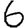
Digit: 6